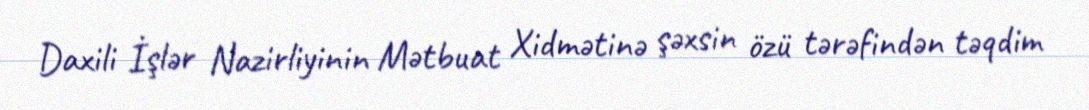
Daxili İşlər Nazirliyinin Mətbuat Xidmətinə şəxsin özü tərəfindən təqdim